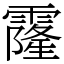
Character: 霳